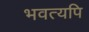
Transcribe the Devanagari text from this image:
भवत्यपि